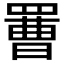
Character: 𦋿